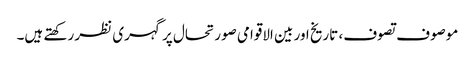
موصوف تصوف، تاریخ اور بین الاقوامی صورتحال پر گہری نظر رکھتے ہیں۔